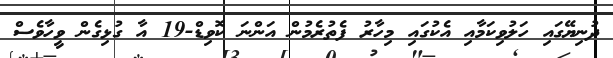
ދުނިޔޭގައި ހަލުވިކަމާއި އެކުގައި މިހާރު ފެތުރެމުން އަންނަ ކޮވިޑް-19 އާ ގުޅިގެން ވީހާވެސް